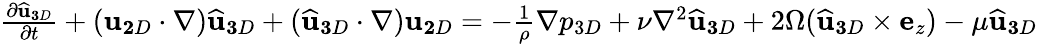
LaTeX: \begin{array}{r}{\frac{\partial\widehat{\mathbf u}_{\mathbf 3D}}{\partial t}+({\mathbf u}_{\mathbf 2D}\cdot{\mathbf\nabla})\widehat{\mathbf u}_{\mathbf 3D}+(\widehat{\mathbf u}_{\mathbf 3D}\cdot{\mathbf\nabla}){\mathbf u}_{\mathbf 2D}=-\frac{1}{\rho}{\mathbf\nabla}p_{3D}+\nu\nabla^{2}\widehat{\mathbf u}_{\mathbf 3D}+2\Omega(\widehat{\mathbf u}_{\mathbf 3D}\times{\mathbf e}_{z})-\mu\widehat{\mathbf u}_{\mathbf 3D}}\end{array}